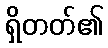
ရှိတတ်၏